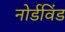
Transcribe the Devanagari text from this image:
नोर्डविंड